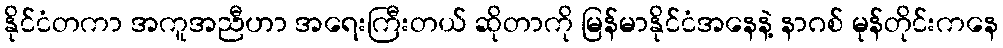
နိုင်ငံတကာ အကူအညီဟာ အရေးကြီးတယ် ဆိုတာကို မြန်မာနိုင်ငံအနေနဲ့ နာဂစ် မုန်တိုင်းကနေ